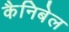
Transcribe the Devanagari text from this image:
कैनिबेल